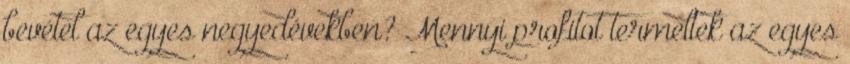
bevétel az egyes negyedévekben? Mennyi profitot termeltek az egyes